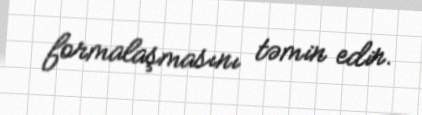
formalaşmasını təmin edir.